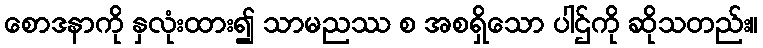
စောဒနာကို နှလုံးထား၍ သာမညဿ စ အစရှိသော ပါဌ်ကို ဆိုသတည်း။